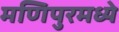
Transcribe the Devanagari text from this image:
मणिपुरमध्ये